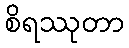
စိရဿုတာ